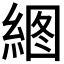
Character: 𰫫